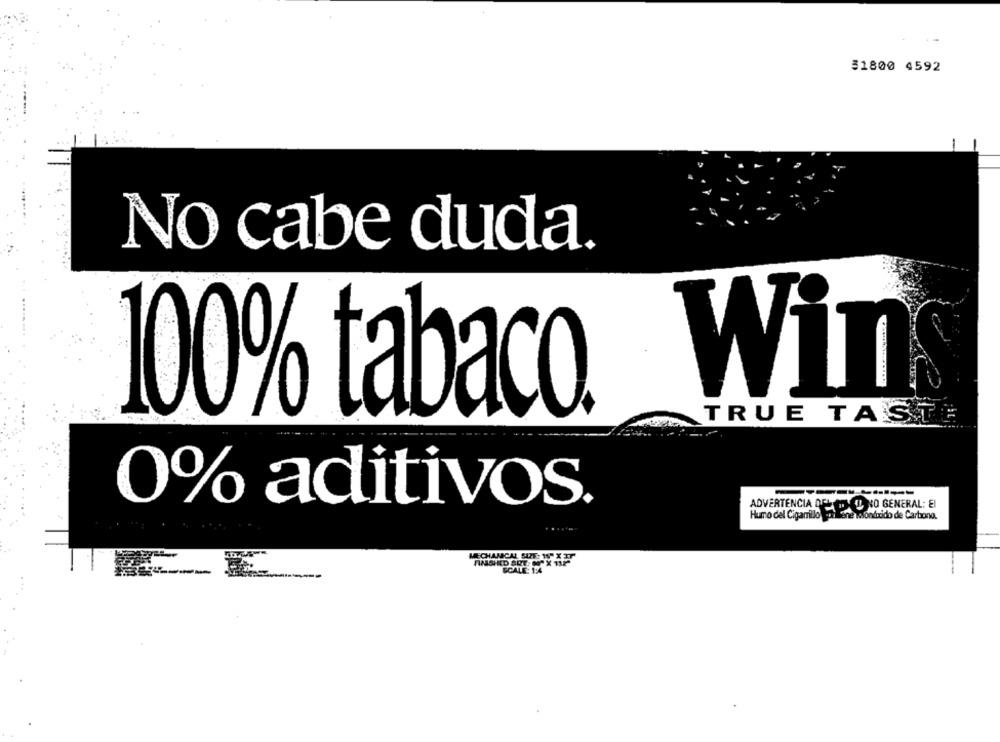
51800 4592
No cabe duda.
100% tabaco. Wins
TRUE TASTE
0% aditivos.
Huro del Cigarillo alene
Lene mondixido de Carbono.